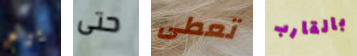
يرام حتى تعطى بالقارب